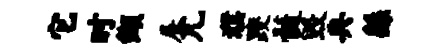
它时缬展兀濮躞髓毁典繇